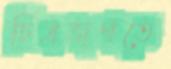
চিত্রজগতে